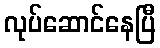
လုပ်ဆောင်နေပြီ